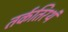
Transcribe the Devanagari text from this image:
तर्कतिरथं